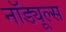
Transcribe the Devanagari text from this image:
नॉड्यूल्स